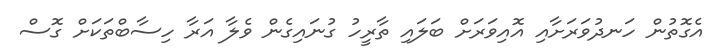
އެގޮތުން ހަނދުވަރަށާއި އޮއިވަރަށް ބަލައި ތާރީހު ގުނައިގެން ވެލާ އަރާ ހިސާބްތަކަށް ގޮސް